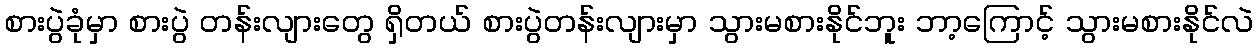
စားပွဲခုံမှာ စားပွဲ တန်းလျားတွေ ရှိတယ် စားပွဲတန်းလျားမှာ သွားမစားနိုင်ဘူး ဘာ့ကြောင့် သွားမစားနိုင်လဲ